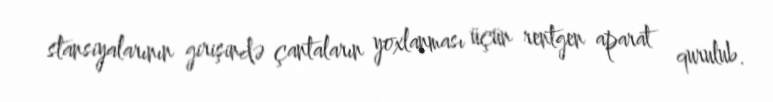
stansiyalarının girişində çantaların yoxlanması üçün rentgen aparat qurulub.